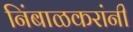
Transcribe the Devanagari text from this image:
निंबाळकरांनी